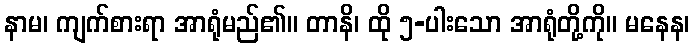
နာမ၊ ကျက်စားရာ အာရုံမည်၏။ တာနိ၊ ထို ၅-ပါးသော အာရုံတို့ကို။ မနေန၊